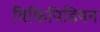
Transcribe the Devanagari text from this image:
विकिपिडियन